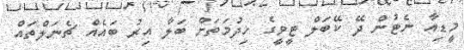
މީޑިއާ ނެޓުން ދޭ ކޭބަލް ޓީވީގެ ޚިދުމަތަށް ބަލާ އިރު ބައެއް ޗެނަލްތައް